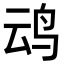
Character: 𪉂